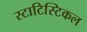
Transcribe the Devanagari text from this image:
स्टाटिस्टिकल